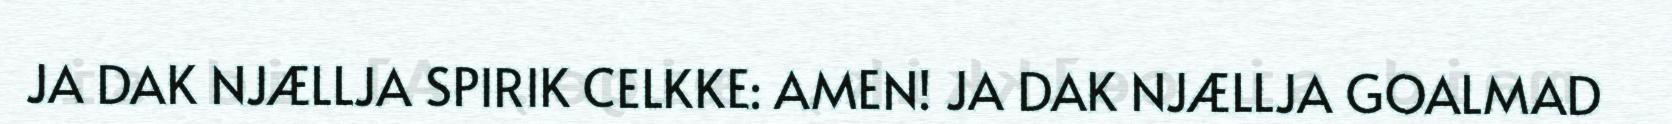
JA DAK NJÆLLJA SPIRIK CELKKE: AMEN! JA DAK NJÆLLJA GOALMAD